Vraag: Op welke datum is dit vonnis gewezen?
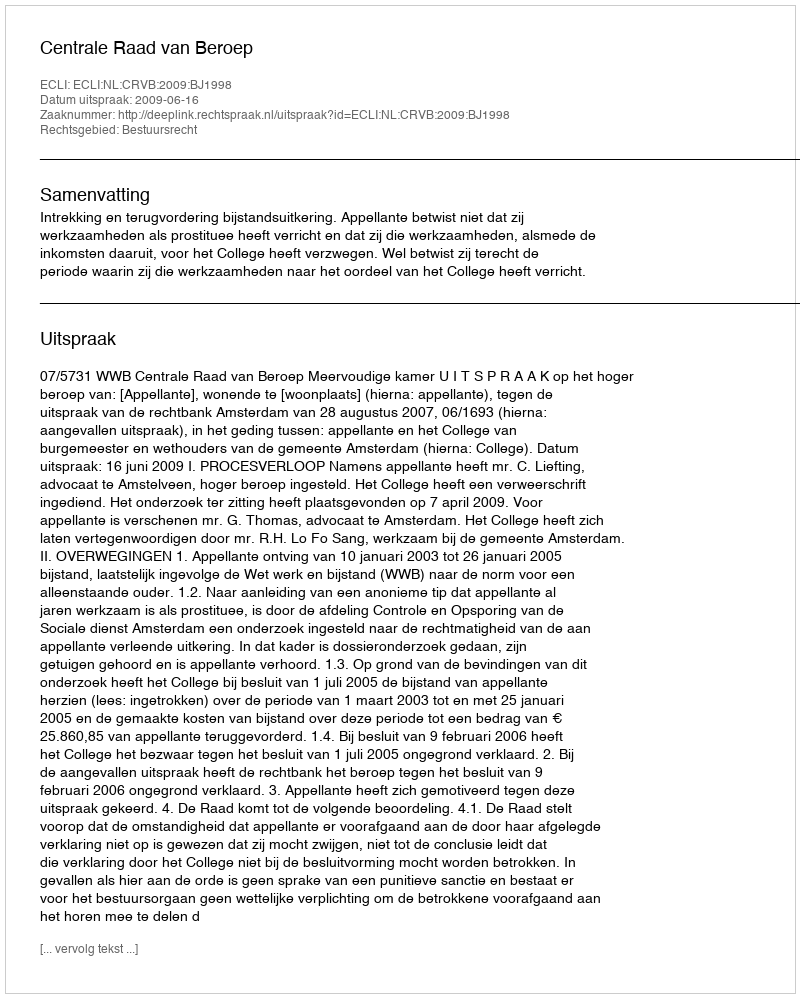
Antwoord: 2009-06-16